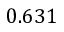
0 . 6 3 1